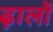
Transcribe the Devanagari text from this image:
ढ़ालों